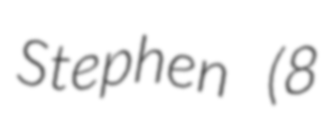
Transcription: Stephen (8